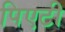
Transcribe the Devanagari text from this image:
पिएटी